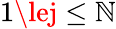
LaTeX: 1\lej\le\mathbb{N}